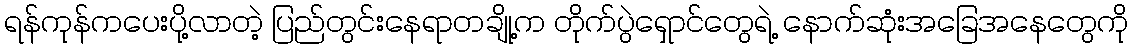
ရန်ကုန်ကပေးပို့လာတဲ့ ပြည်တွင်းနေရာတချို့က တိုက်ပွဲရှောင်တွေရဲ့ နောက်ဆုံးအခြေအနေတွေကို